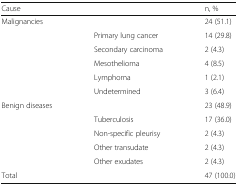
| Cause |  | n, % |
 | --- | --- | --- |
 | Malignancies |  | 24 (51.1) |
 | <ROWSPAN=5>  | Primary lung cancer | 14 (29.8) |
 | Secondary carcinoma | 2 (4.3) |
 | Mesothelioma | 4 (8.5) |
 | Lymphoma | 1 (2.1) |
 | Undetermined | 3 (6.4) |
 | Benign diseases |  | 23 (48.9) |
 | <ROWSPAN=4>  | Tuberculosis | 17 (36.0) |
 | Non-specific pleurisy | 2 (4.3) |
 | Other transudate | 2 (4.3) |
 | Other exudates | 2 (4.3) |
 | Total |  | 47 (100.0) |